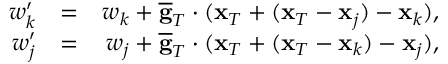
\begin{array} { r l r } { w _ { k } ^ { \prime } } & { = } & { w _ { k } + \overline { { \bf g } } _ { T } \cdot ( { \bf x } _ { T } + ( { \bf x } _ { T } - { \bf x } _ { j } ) - { \bf x } _ { k } ) , } \\ { w _ { j } ^ { \prime } } & { = } & { w _ { j } + \overline { { \bf g } } _ { T } \cdot ( { \bf x } _ { T } + ( { \bf x } _ { T } - { \bf x } _ { k } ) - { \bf x } _ { j } ) , } \end{array}